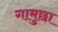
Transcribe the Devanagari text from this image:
गामुछा